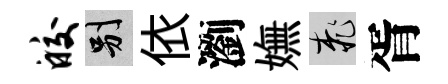
皎别依瀏嫵桃胥